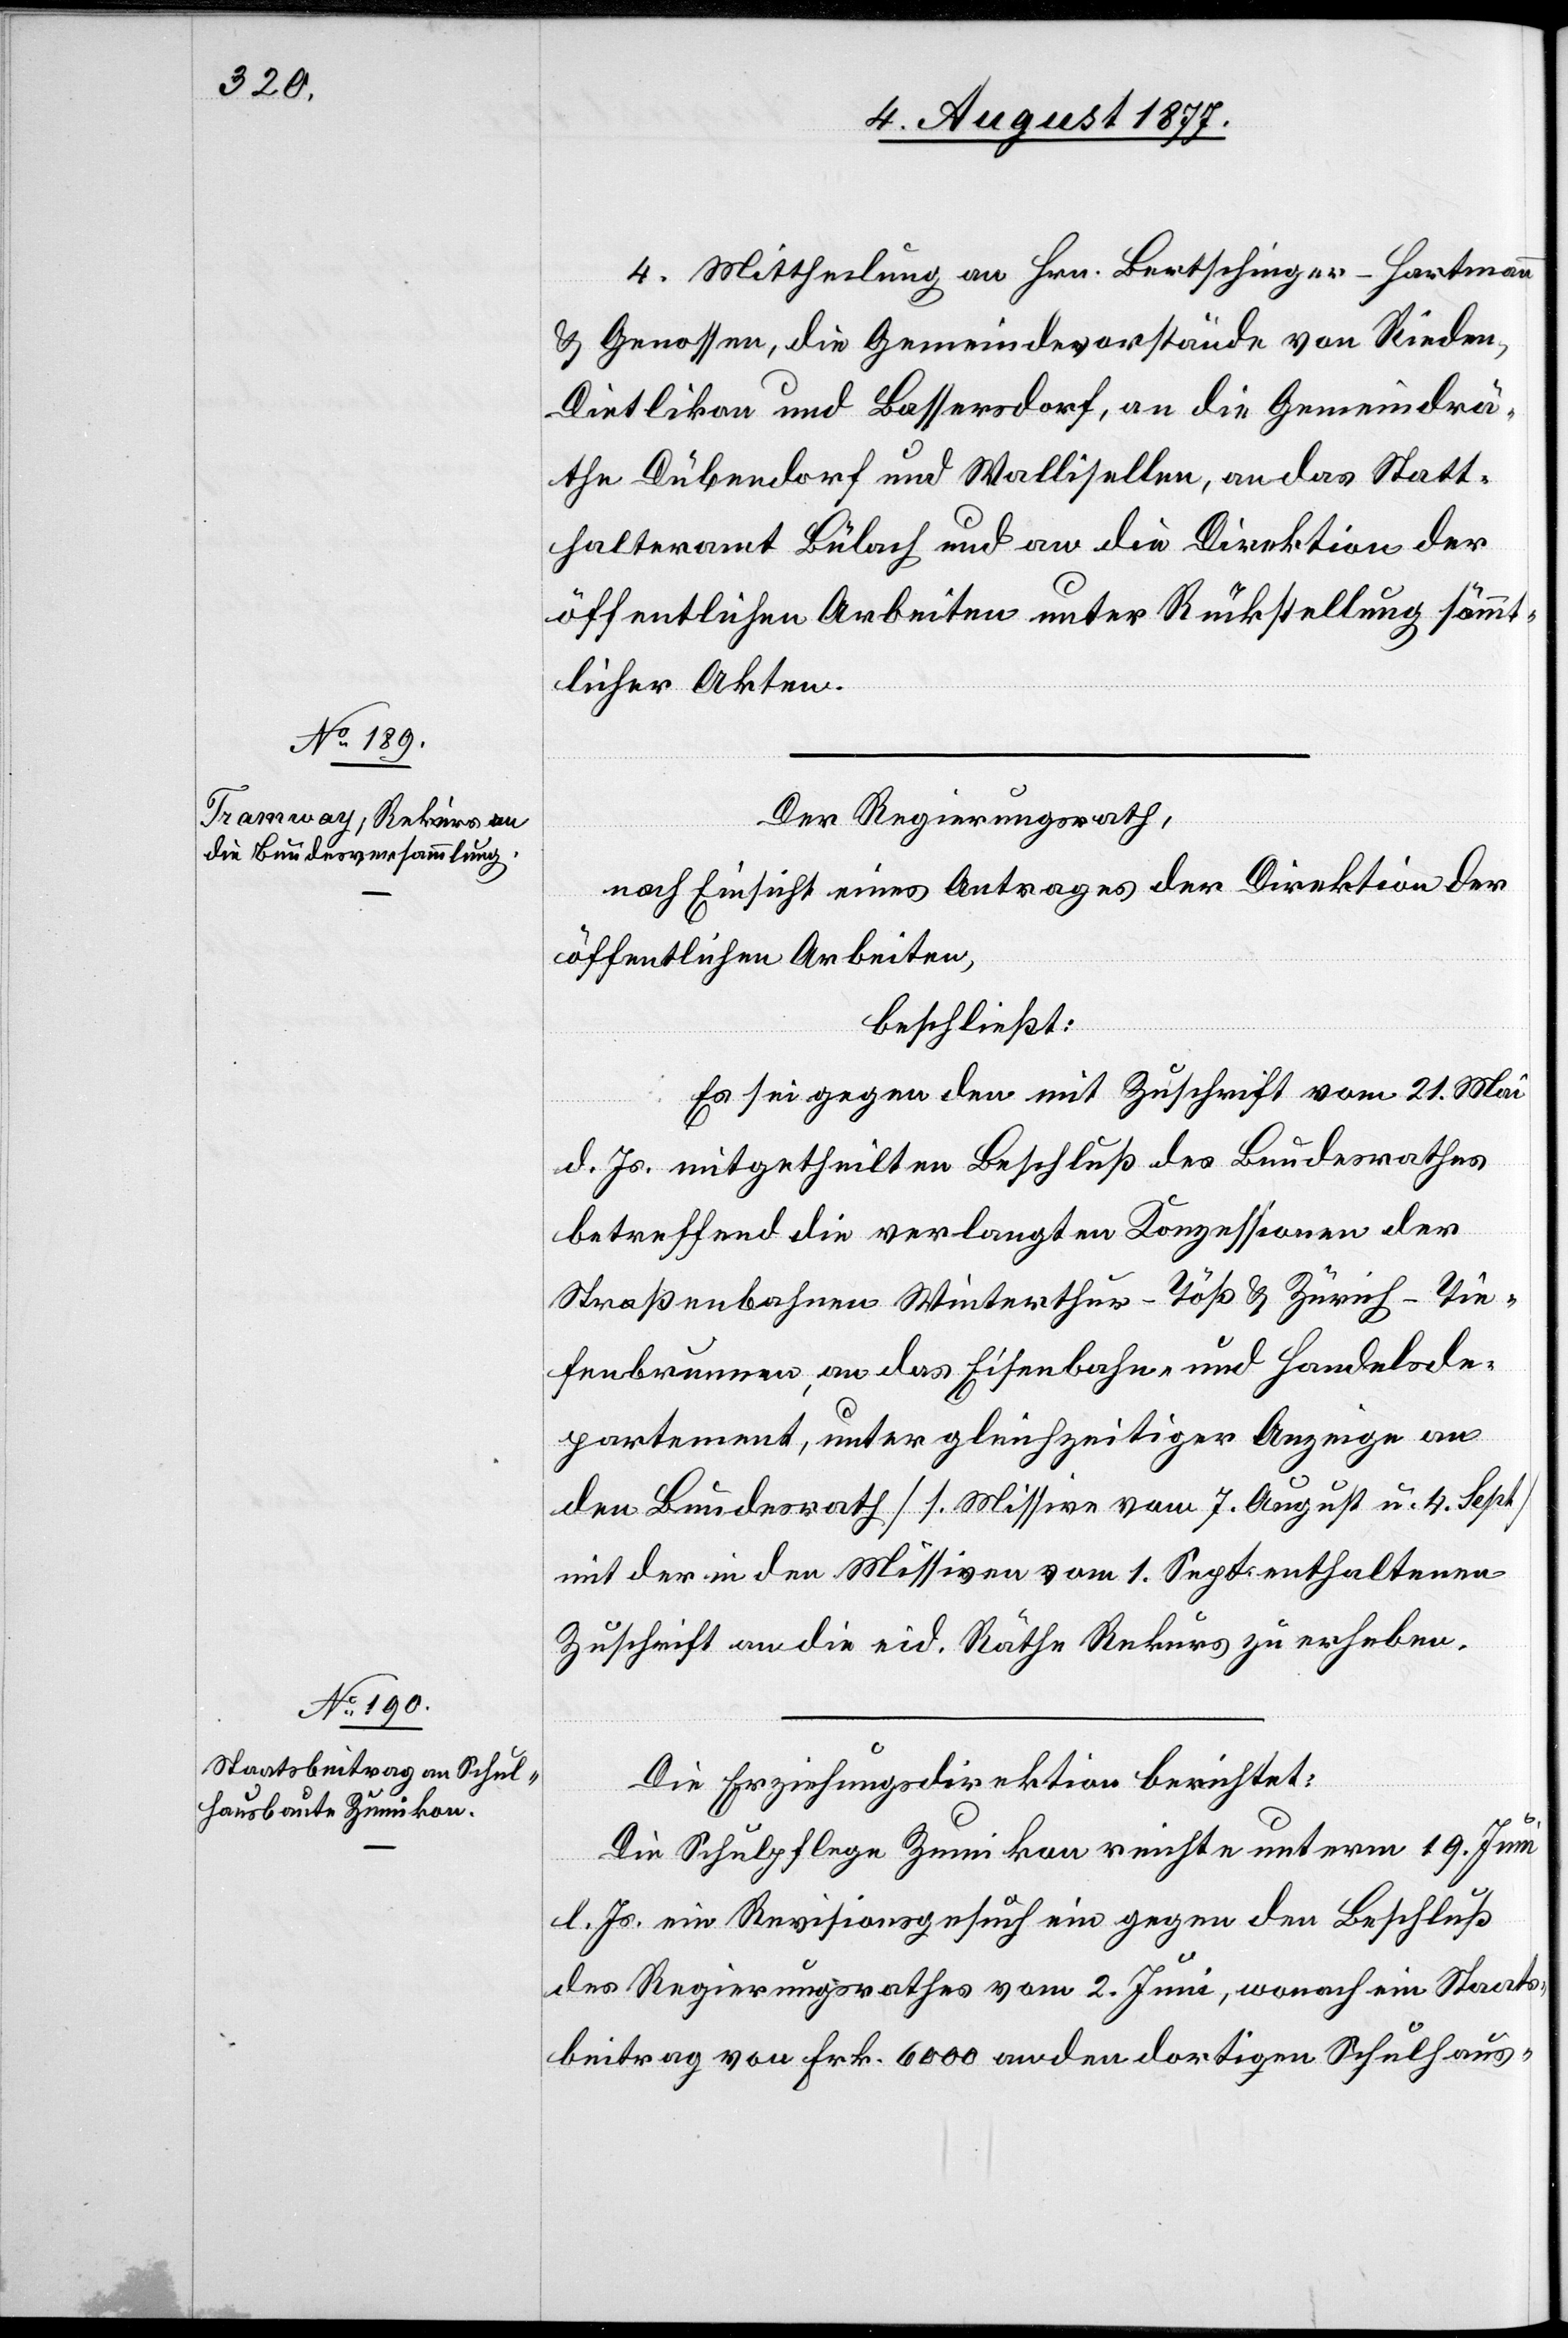
4. Mittheilung an Hrn. Bertschinger-Hartmann
& Genossen, die Gemeindevorstände von Rieden,
Dietlikon und Bassersdorf, an die Gemeindrä¬
the Dübendorf und Wallisellen, an das Statt¬
halteramt Bülach und an die Direktion der
öffentlichen Arbeiten unter Rückstellung sämmt¬
licher Akten.
Der Regierungsrath,
nach Einsicht eines Antrages der Direktion der
öffentlichen Arbeiten,
beschließt:
Es sei gegen den mit Zuschrift vom 21. Mai
d. Js. mitgetheilten Beschluß des Bundesrathes
betreffend die verlangten Konzessionen der
Straßenbahnen Winterthur–Töß & Zürich–Tie¬
fenbrunnen, an das Eisenbahn- und Handelsde¬
partement, unter gleichzeitiger Anzeige an
den Bundesrath [s. Missive vom 7. August u. 4. Sept.]
mit der in den Missiven vom 1. Sept. enthaltenen
Zuschrift an die eid. Räthe Rekurs zu erheben.
Die Erziehungsdirektion berichtet:
Die Schulpflege Zumikon reichte unterm 19. Juni
l. Js. ein Revisionsgesuch ein gegen den Beschluß
des Regierungsrathes vom 2. Juni, wonach ein Staats¬
beitrag von Frk. 6000 an den dortigen Schulhaus-